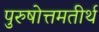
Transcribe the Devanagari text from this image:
पुरुषोत्तमतीर्थ